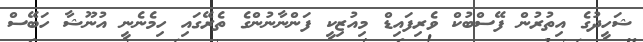
ޝަހީދުގެ އިތުރުން ފޭސްބުކް ވެރިފައިޑް މިއުޒިކީ ފަންނާނުންގެ ތެރޭގައި ހިމެނެނީ އުނޫޝާ ހަބޭސް